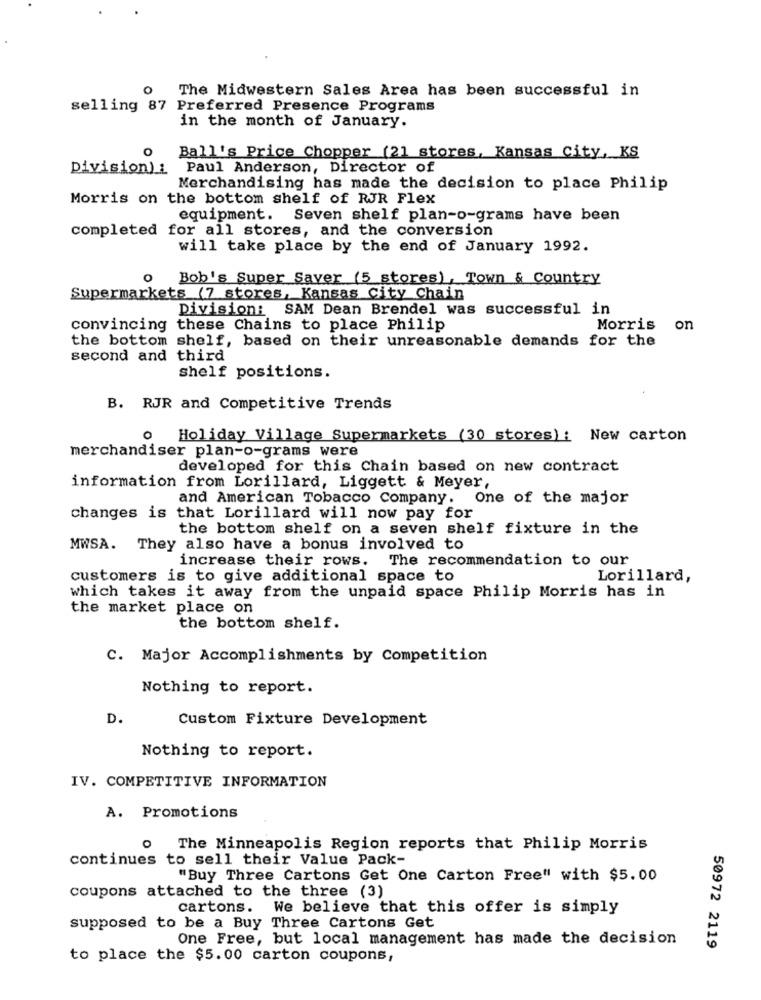
0
The Midwestern Sales Area has been successful in
selling 87 Preferred Presence Programs
in the month of January.
O
Ball's Price Chopper (21 stores, Kansas City, KS
Division) : Paul Anderson, Director of
Merchandising has made the decision to place Philip
Morris on the bottom shelf of RJR Flex
equipment. Seven shelf plan-o-grams have been
completed for all stores, and the conversion
will take place by the end of January 1992.
O
Bob's Super Saver (5 stores), Town & Country
Supermarkets (7 stores, Kansas City Chain
Division: SAM Dean Brendel was successful in
convincing these Chains to place Philip
Morris
on
the bottom shelf, based on their unreasonable demands for the
second and third
shelf positions.
B. RJR and Competitive Trends
0
Holiday Village Supermarkets (30 stores): New carton
merchandiser plan-o-grams were
developed for this Chain based on new contract
information from Lorillard, Liggett & Meyer,
and American Tobacco Company. One of the major
changes is that Lorillard will now pay for
the bottom shelf on a seven shelf fixture in the
MWSA. They also have a bonus involved to
increase their rows. The recommendation to our
customers is to give additional space to
Lorillard,
which takes it away from the unpaid space Philip Morris has in
the market place on
the bottom shelf.
C. Major Accomplishments by Competition
Nothing to report.
D.
Custom Fixture Development
Nothing to report.
IV. COMPETITIVE INFORMATION
A. Promotions
O
The Minneapolis Region reports that Philip Morris
continues to sell their Value Pack-
"Buy Three Cartons Get One Carton Free" with $5.00
coupons attached to the three (3)
cartons. We believe that this offer is simply
supposed to be a Buy Three Cartons Get
One Free, but local management has made the decision
50972 2119
to place the $5.00 carton coupons,